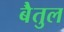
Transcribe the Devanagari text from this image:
बेैतुल